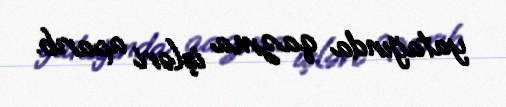
yatağında qazma işləri aparıb.